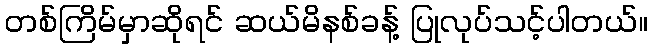
တစ်ကြိမ်မှာဆိုရင် ဆယ်မိနစ်ခန့် ပြုလုပ်သင့်ပါတယ်။